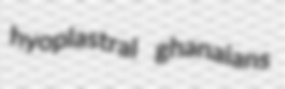
hyoplastral ghanaians